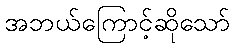
အဘယ်ကြောင့်ဆိုသော်